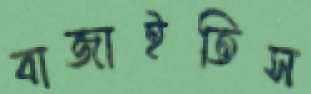
বাজাইতিস